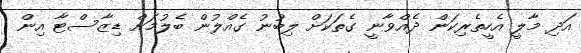
އަދި މާލީ އެހީތެރިކަން ދެއްވާނީ ގެތަކަށް ލިބުނު ގެއްލުން ބެލުމަށް ޑިޒާސްޓާ އިން